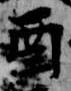
酉